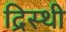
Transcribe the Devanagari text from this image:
द्रिस्थी